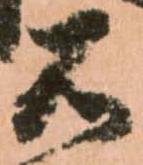
石